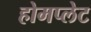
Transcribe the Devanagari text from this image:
होमप्लेट